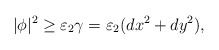
\begin{align*}|\phi|^2\geq\varepsilon_2\gamma = \varepsilon_2(dx^2+dy^2),\end{align*}